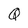
Character: Q